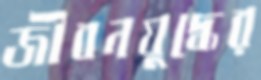
জীবনযুদ্ধের